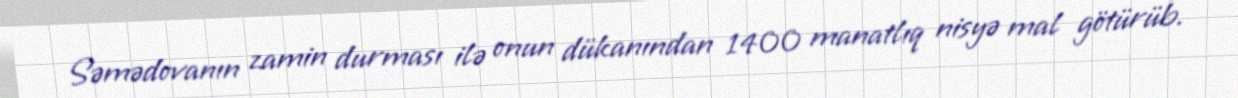
Səmədovanın zamin durması ilə onun dükanından 1400 manatlıq nisyə mal götürüb.